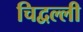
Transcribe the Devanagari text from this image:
चिद्वल्ली